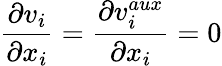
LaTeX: \frac{\partial v_{i}}{\partial x_{i}}=\frac{\partial v_{i}^{aux}}{\partial x_{i}}=0